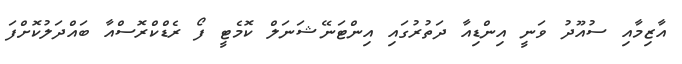
އާޒިމާއި ސުއޫދު ވަނީ އިންޑިއާ ދަތުރުގައި އިންޓަނޭޝަނަލް ކޮމެޓީ ފޯ ރެޑްކްރޮސްއާ ބައްދަލުކޮށްފަ